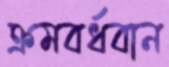
ক্রমবর্ধবান